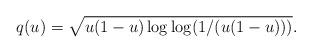
LaTeX: \begin{align*}q(u)= \sqrt{u(1-u) \log \log (1/(u(1-u)))}.\end{align*}